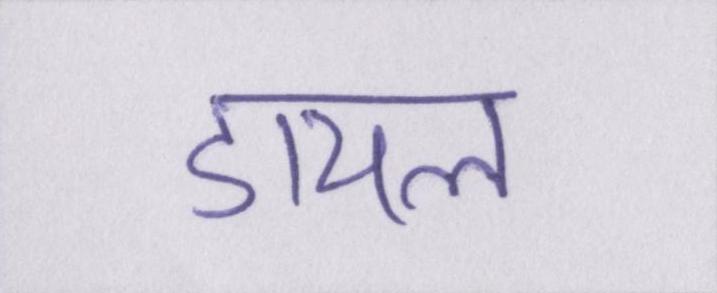
डायल